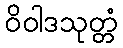
ဝိဝါဒသုတ္တံ